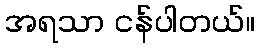
အရသာ ငန်ပါတယ်။